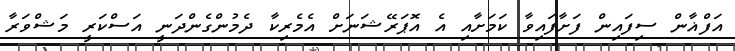
އަފްޣާން ސިފައިން ފަށާފައިވާ ކަމަށާއި އެ އޮޕަރޭޝަނަށް އެމެރިކާ ދެމުންގެންދަނީ އަސްކަރީ މަޝްވަރާ